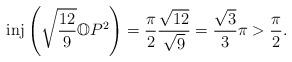
LaTeX: \begin{align*}\mathrm{inj}\left( \sqrt{\frac{12}{9}}\mathbb{O}P^{2}\right) =\frac{\pi}{2}\frac{\sqrt{12}}{\sqrt{9}}=\frac{\sqrt{3}}{3}\pi>\frac{\pi}{2}.\end{align*}